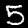
Digit: 5